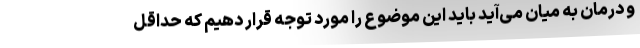
و درمان به میان می‌آید باید این موضوع را مورد توجه قرار دهیم که حداقل